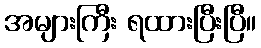
အများကြီး ရထားပြီးပြီ။